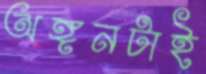
অঙ্গনটাই